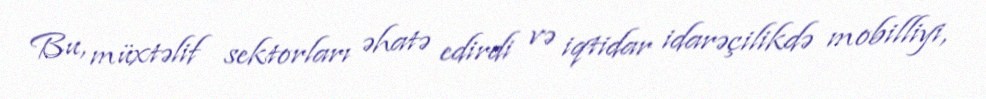
Bu, müxtəlif sektorları əhatə edirdi və iqtidar idarəçilikdə mobilliyi,